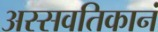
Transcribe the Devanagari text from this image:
अस्सवतिकानं